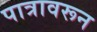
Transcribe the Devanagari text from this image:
पात्रावरून